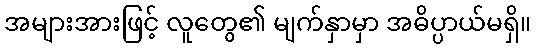
အများအားဖြင့် လူတွေ၏ မျက်နှာမှာ အဓိပ္ပာယ်မရှိ။